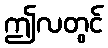
ဤလတွင်